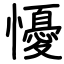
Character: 懮